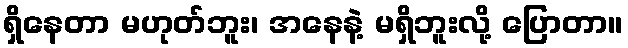
ရှိနေတာ မဟုတ်ဘူး၊ အနေနဲ့ မရှိဘူးလို့ ပြောတာ။